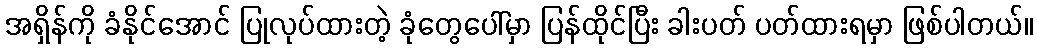
အရှိန်ကို ခံနိုင်အောင် ပြုလုပ်ထားတဲ့ ခုံတွေပေါ်မှာ ပြန်ထိုင်ပြီး ခါးပတ် ပတ်ထားရမှာ ဖြစ်ပါတယ်။